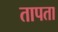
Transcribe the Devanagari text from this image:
तापता